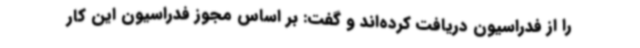
را از فدراسیون دریافت کرده‌اند و گفت: بر اساس مجوز فدراسیون این کار